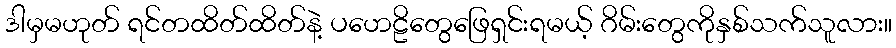
ဒါမှမဟုတ် ရင်တထိတ်ထိတ်နဲ့ ပဟေဠိတွေဖြေရှင်းရမယ့် ဂိမ်းတွေကိုနှစ်သက်သူလား။